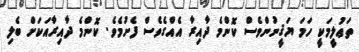
ތަޢުލީމަކީ ހަމަ ޔަޤީނުންވެސް ކޮންމެ ދާއިރާ އެއްގެވެސް ފެށުމެވެ. ކޮންމެ ދާއިރާއަކަށް ބެލި